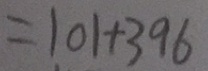
= 1 0 1 + 3 9 6